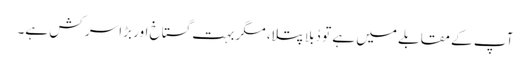
آپ کے مقابلے میں ہے تو دُبلا پتلا، مگر بہت گستاخ اور بڑا سر کش ہے۔